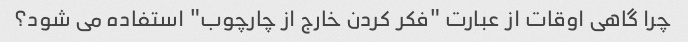
چرا گاهی اوقات از عبارت "فکر کردن خارج از چارچوب" استفاده می شود؟